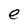
Character: e